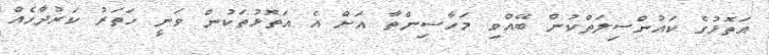
އަތޮޅުގެ ކައުންސިލަތްކުން ބޭއްވި މަހާސިންތާ އަށް އެ އަތޮޅުތަކުން ވަނީ ހަތަރު ކަރުދާހެއް